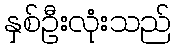
နှစ်ဦးလုံးသည်